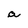
Character: a